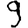
Digit: 9